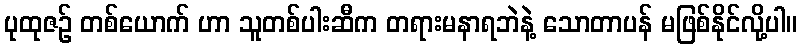
ပုထုဇဉ် တစ်ယောက် ဟာ သူတစ်ပါးဆီက တရားမနာရဘဲနဲ့ သောတာပန် မဖြစ်နိုင်လို့ပါ။